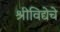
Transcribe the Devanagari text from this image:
श्रीविद्येचे